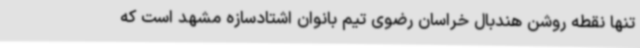
تنها نقطه‌ روشن هندبال خراسان رضوی تیم بانوان اشتادسازه مشهد است که